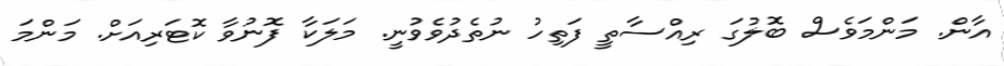
އާން. މަންމަވެސް ބޮލުގަ ރިއްސާތީ ފަތިހު ނުތެދުވެވުނީ. މަލަކާ ފޮނުވާ ކޮޓަރިއަށް. މަންމަ